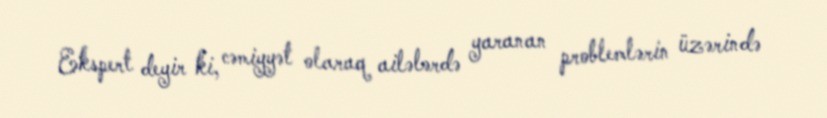
Ekspert deyir ki, cəmiyyət olaraq ailələrdə yaranan problemlərin üzərində